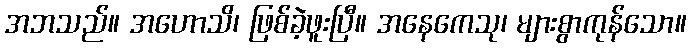
အဘသည်။ အဟောသိ၊ ဖြစ်ခဲ့ဖူးပြီ။ အနေကေသု၊ များစွာကုန်သော။